Reports on dispensaries and lunatic asylums in the Province of Oudh - 1869-1876
Year: 1869
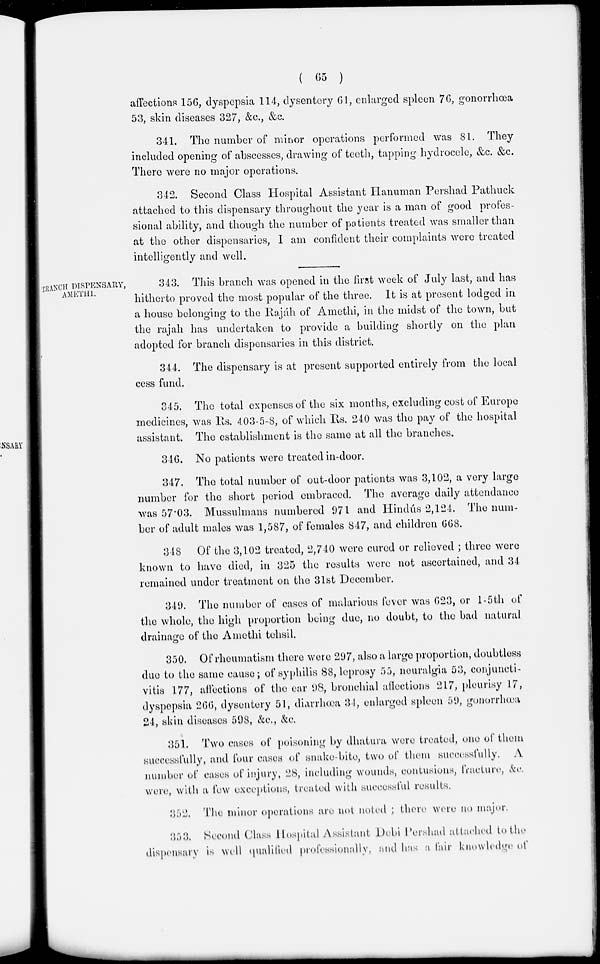
( 65 )
affections 156, dyspepsia 114, dysentery 61, enlarged spleen 76, gonorrhœa
53, skin diseases 327, &c., &c.
341. The number of minor operations performed was 81. They
included opening of abscesses, drawing of teeth, tapping hydrocele, &c., &c.
There were no major operations.
342. Second Class Hospital Assistant Hanuman Pershad Pathuck
attached to this dispensary throughout the year is a man of good profes-
sional ability, and though the number of patients treated was smaller than
at the other dispensaries, I am confident their complaints were treated
intelligently and well.
BRANCH DISPENSARY,
AMETHI.
343. This branch was opened in the first week of July last, and has
hitherto proved the most popular of the three. It is at present lodged in
a house belonging to the Rajáh of Amethi, in the midst of the town, but
the rajah has undertaken to provide a building shortly on the plan
adopted for branch dispensaries in this district.
344. The dispensary is at present supported entirely from the local
cess fund.
345. The total expenses of the six months, excluding cost of Europe
medicines, was Rs. 403-5-8, of which Rs. 240 was the pay of the hospital
assistant. The establishment is the same at all the branches.
346. No patients were treated in-door.
347. The total number of out-door patients was 3,102, a very large
number for the short period embraced. The average daily attendance
was 57.03. Mussulmans numbered 971 and Hindús 2,124. The num-
ber of adult males was 1,587, of females 847, and children 668.
348 Of the 3,102 treated, 2,740 were cured or relieved ; three were
known to have died, in 325 the results were not ascertained, and 34
remained under treatment on the 31st December.
349. The number of cases of malarious fever was 623, or 1-5th of
the whole, the high proportion being due, no doubt, to the bad natural
drainage of the Amethi tehsil.
350. Of rheumatism there were 297, also a large proportion, doubtless
due to the same cause; of syphilis 88, leprosy 55, neuralgia 53, conjuncti-
vitis 177, affections of the ear 98, bronchial affections 217, pleurisy 17,
dyspepsia 266, dysentery 51, diarrhœa 34, enlarged spleen 59, gonorrhœa
24, skin diseases 598, &c., &c.
351. Two cases of poisoning by dhatura were treated, one of them
successfully, and four cases of snake-bite, two of them successfully. A.
number of cases of injury, 28, including wounds, contusions, fracture, &c.
were, with a few exceptions, treated with successful results.
352. The minor operations are not noted ; there were no major.
353. Second Class Hospital Assistant Debi Pershad attached to the
dispensary is well qualified professionally, and has a fair knowledge of